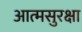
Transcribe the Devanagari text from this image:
आत्मसुरक्षा